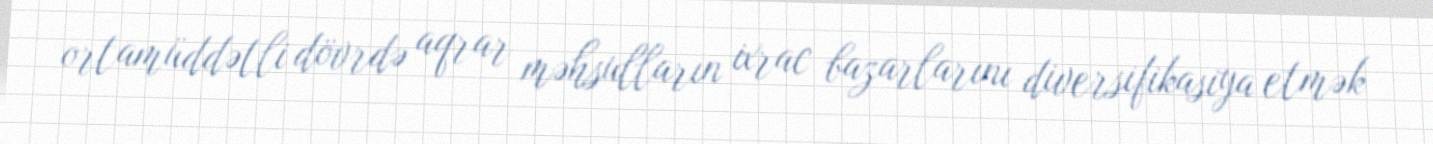
ortamüddətli dövrdə aqrar məhsulların ixrac bazarlarını diversifikasiya etmək